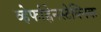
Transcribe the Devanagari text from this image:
व्हेर्फाह्रेनस्टेक्निक